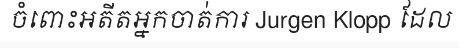
ចំពោះអតីតអ្នកចាត់ការ Jurgen Klopp ដែល